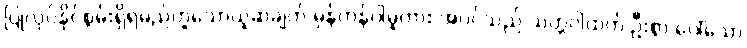
ပြုလုပ်နိုင်စွမ်းရှိရမည်ဟူသောယူဆချက် မှန်ကန်ပါမူကား အပင်သည် သတ္တဝါထက် ဦးစွာ ပေါ်သော